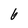
Character: 6